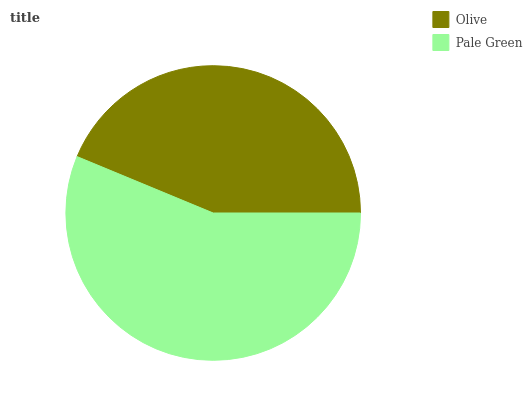
| Olive | Pale Green |
 | --- | --- |
 | 43.8% | 56.2% |